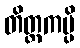
တိတ္တကမ္ပိ